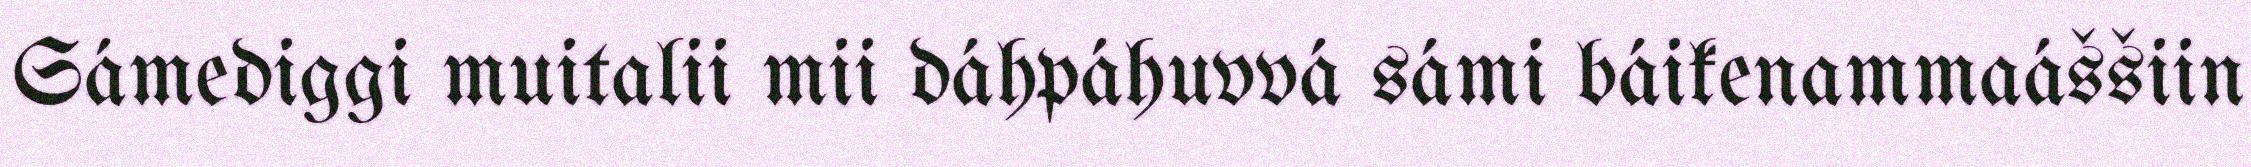
Sámediggi muitalii mii dáhpáhuvvá sámi báikenammaáššiin